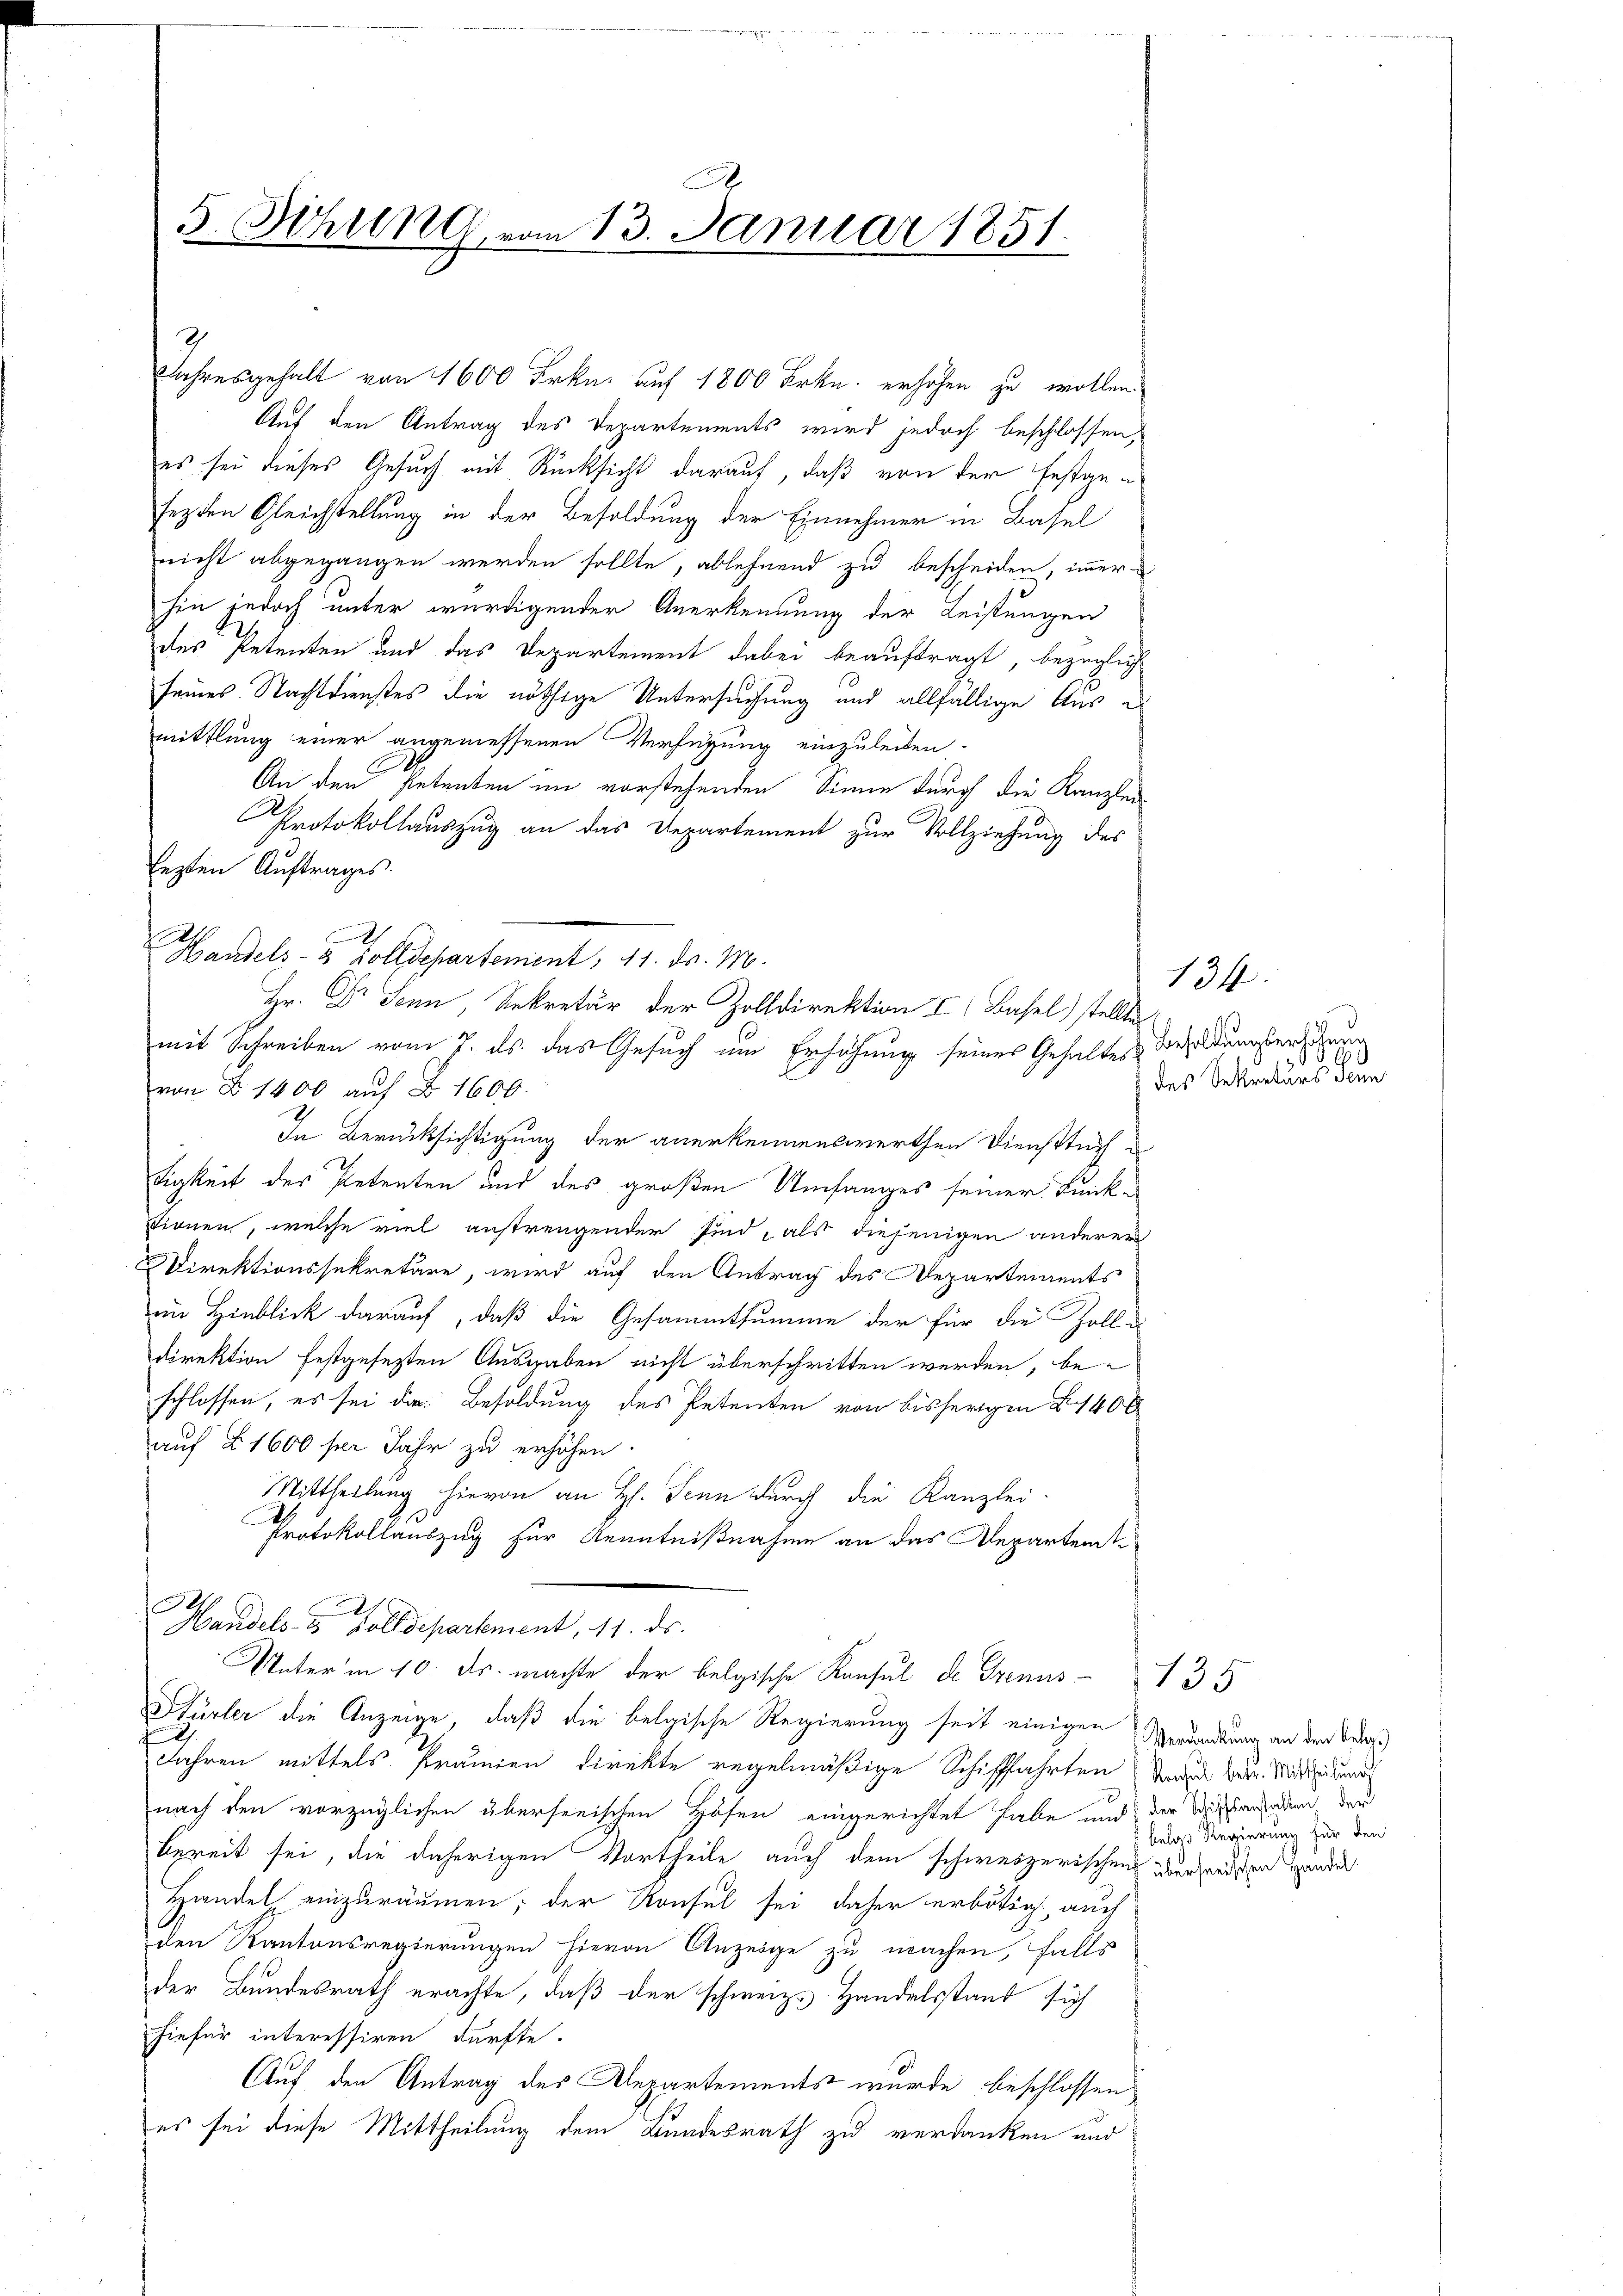
Auf den Antrag des Departements wird jedoch beschlossen,
es sei dieses Gesuch mit Rücksicht darauf, daß von der festgesezten Gleichstellung in der Besoldung der Einnehmer in Basel
nicht abgegangen werden sollte, ablehnend zu bescheiden, immerhin jedoch unter würdigender Anerkennung der Leistungen
des Petenten und das Departement dabei beauftragt, bezügliche
seines Nachtdienstes die nöthige Untersuchung und allfällige Aus e
mittlung einer angemessenen Verfügung einzuleiten.
An den Petenten im vorstehenden Sinne durch die Kanzlei-
Protokollauszug an das Departement zur Vollziehung des
lezten Auftrages.
2
mit Schreiben vom 7. ds. das Gesuch um Erhöhung seines Gehaltes Besoldungsend
von F. 1400 auf § 1600.
In Berücksichtigung der anerkennenswerthen Diensttuch
tigkeit des Petenten und des großen Umfanges seiner Funktionen, welche viel anstrengender sind, als diejenigen anderer
Direktionssekretäre, wird auf den Antrag des Departements
im Hinblick darauf, daß die Gesammtsumme der für die Zolle
Direktion festgefesten Ausgaben nicht überschritten werden, beschlossen, es sei die Besoldung des Petenten von bisherigen § 1400
auf § 1600 sei Jahr zu erhöhen.
Mittheilung hievon an H. Senn durch die Kanzlei-
Protokollauszug für Kenntnißnahme an das Departente
Handels- & Zolldepartement, 11. ds.
Unterm 10. ds. machte der belgische Konsul de Grenus 135
Hürler die Anzeige, daß die belgische Regierung seit einigen
Jahren mittels Prämien direkte regelmäßige Schiffahrten dazu betr. Mittheidung
nach den vorzüglichen überseeischen Höfen eingerichtet habe und der Wissenhalten der
bereit sei, die daherigen Vortheile auch dem schweizerischens überwandten Hander
Handel einzuräumen; der Konsul sei daher erbötig, auch
den Kantonsregierungen hievon Anzeige zu machen, falls
der Bundesrath erachte, daß der schweiz. Handelsstand sich
hiefür interessiren dürfte.
Auf den Antrag des Departements wurde beschlossen
es sei diese Mittheilung dem Bundesrath zu verdanken und

.
5. Sitzung vom 13. Januar 1851.

E

h
Handels- 3 Zolldepartement, 11. ds. M.

Jahresgehalt von 1600 Frkn. auf 1800 Frkn. erhöhen zu wollen.

Hr. Dr Senn, Sekretär der Zolldirektion I. (Basel) stellte

134
s

des Sekretärs den

Verdankung an den Belg.
belas Regierung für den